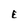
Character: E